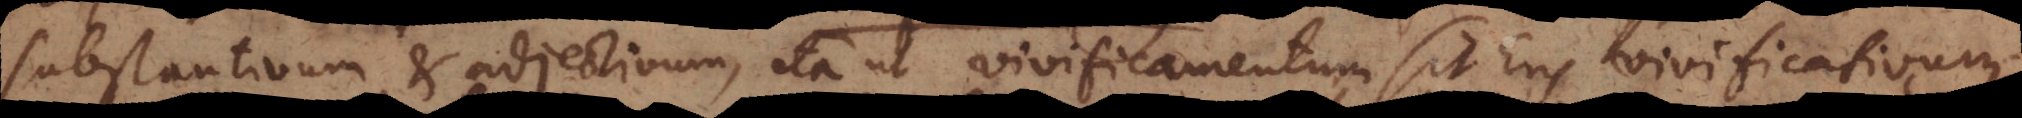
substantivum et adjectivum, ita ut vivificamentum sit Ens vivificativum.